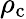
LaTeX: \rho_{\mathrm{c}}